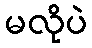
မလိုပဲ